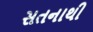
સતનાથી